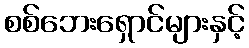
စစ်ဘေးရှောင်များနှင့်